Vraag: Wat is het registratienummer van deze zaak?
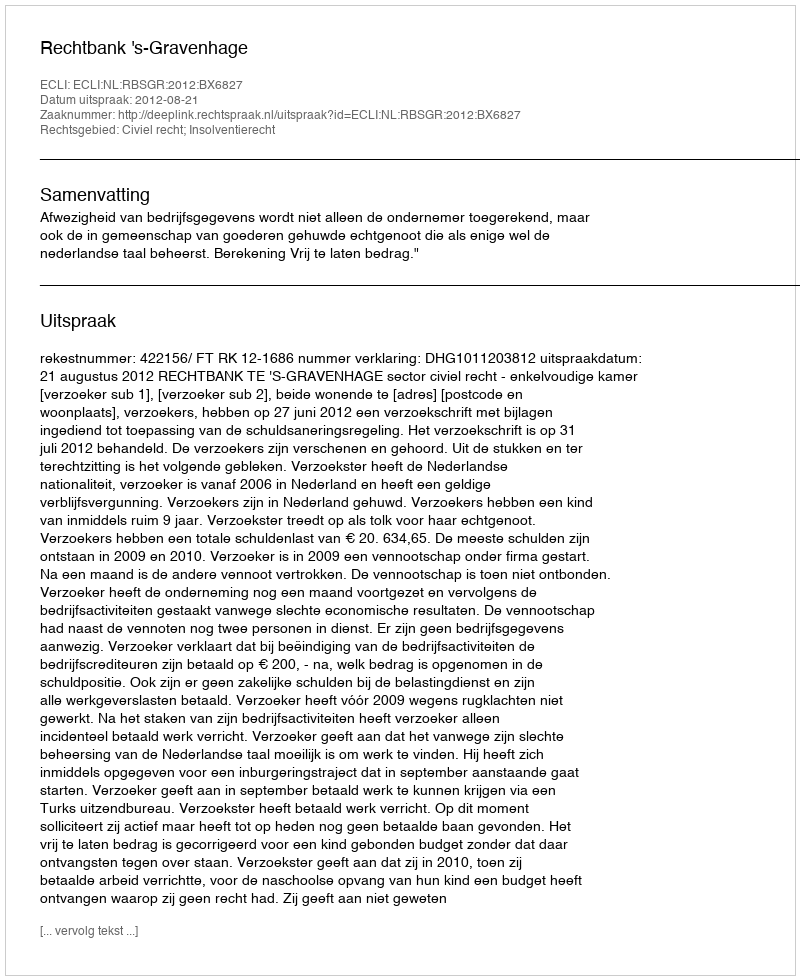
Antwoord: http://deeplink.rechtspraak.nl/uitspraak?id=ECLI:NL:RBSGR:2012:BX6827